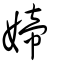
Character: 媂